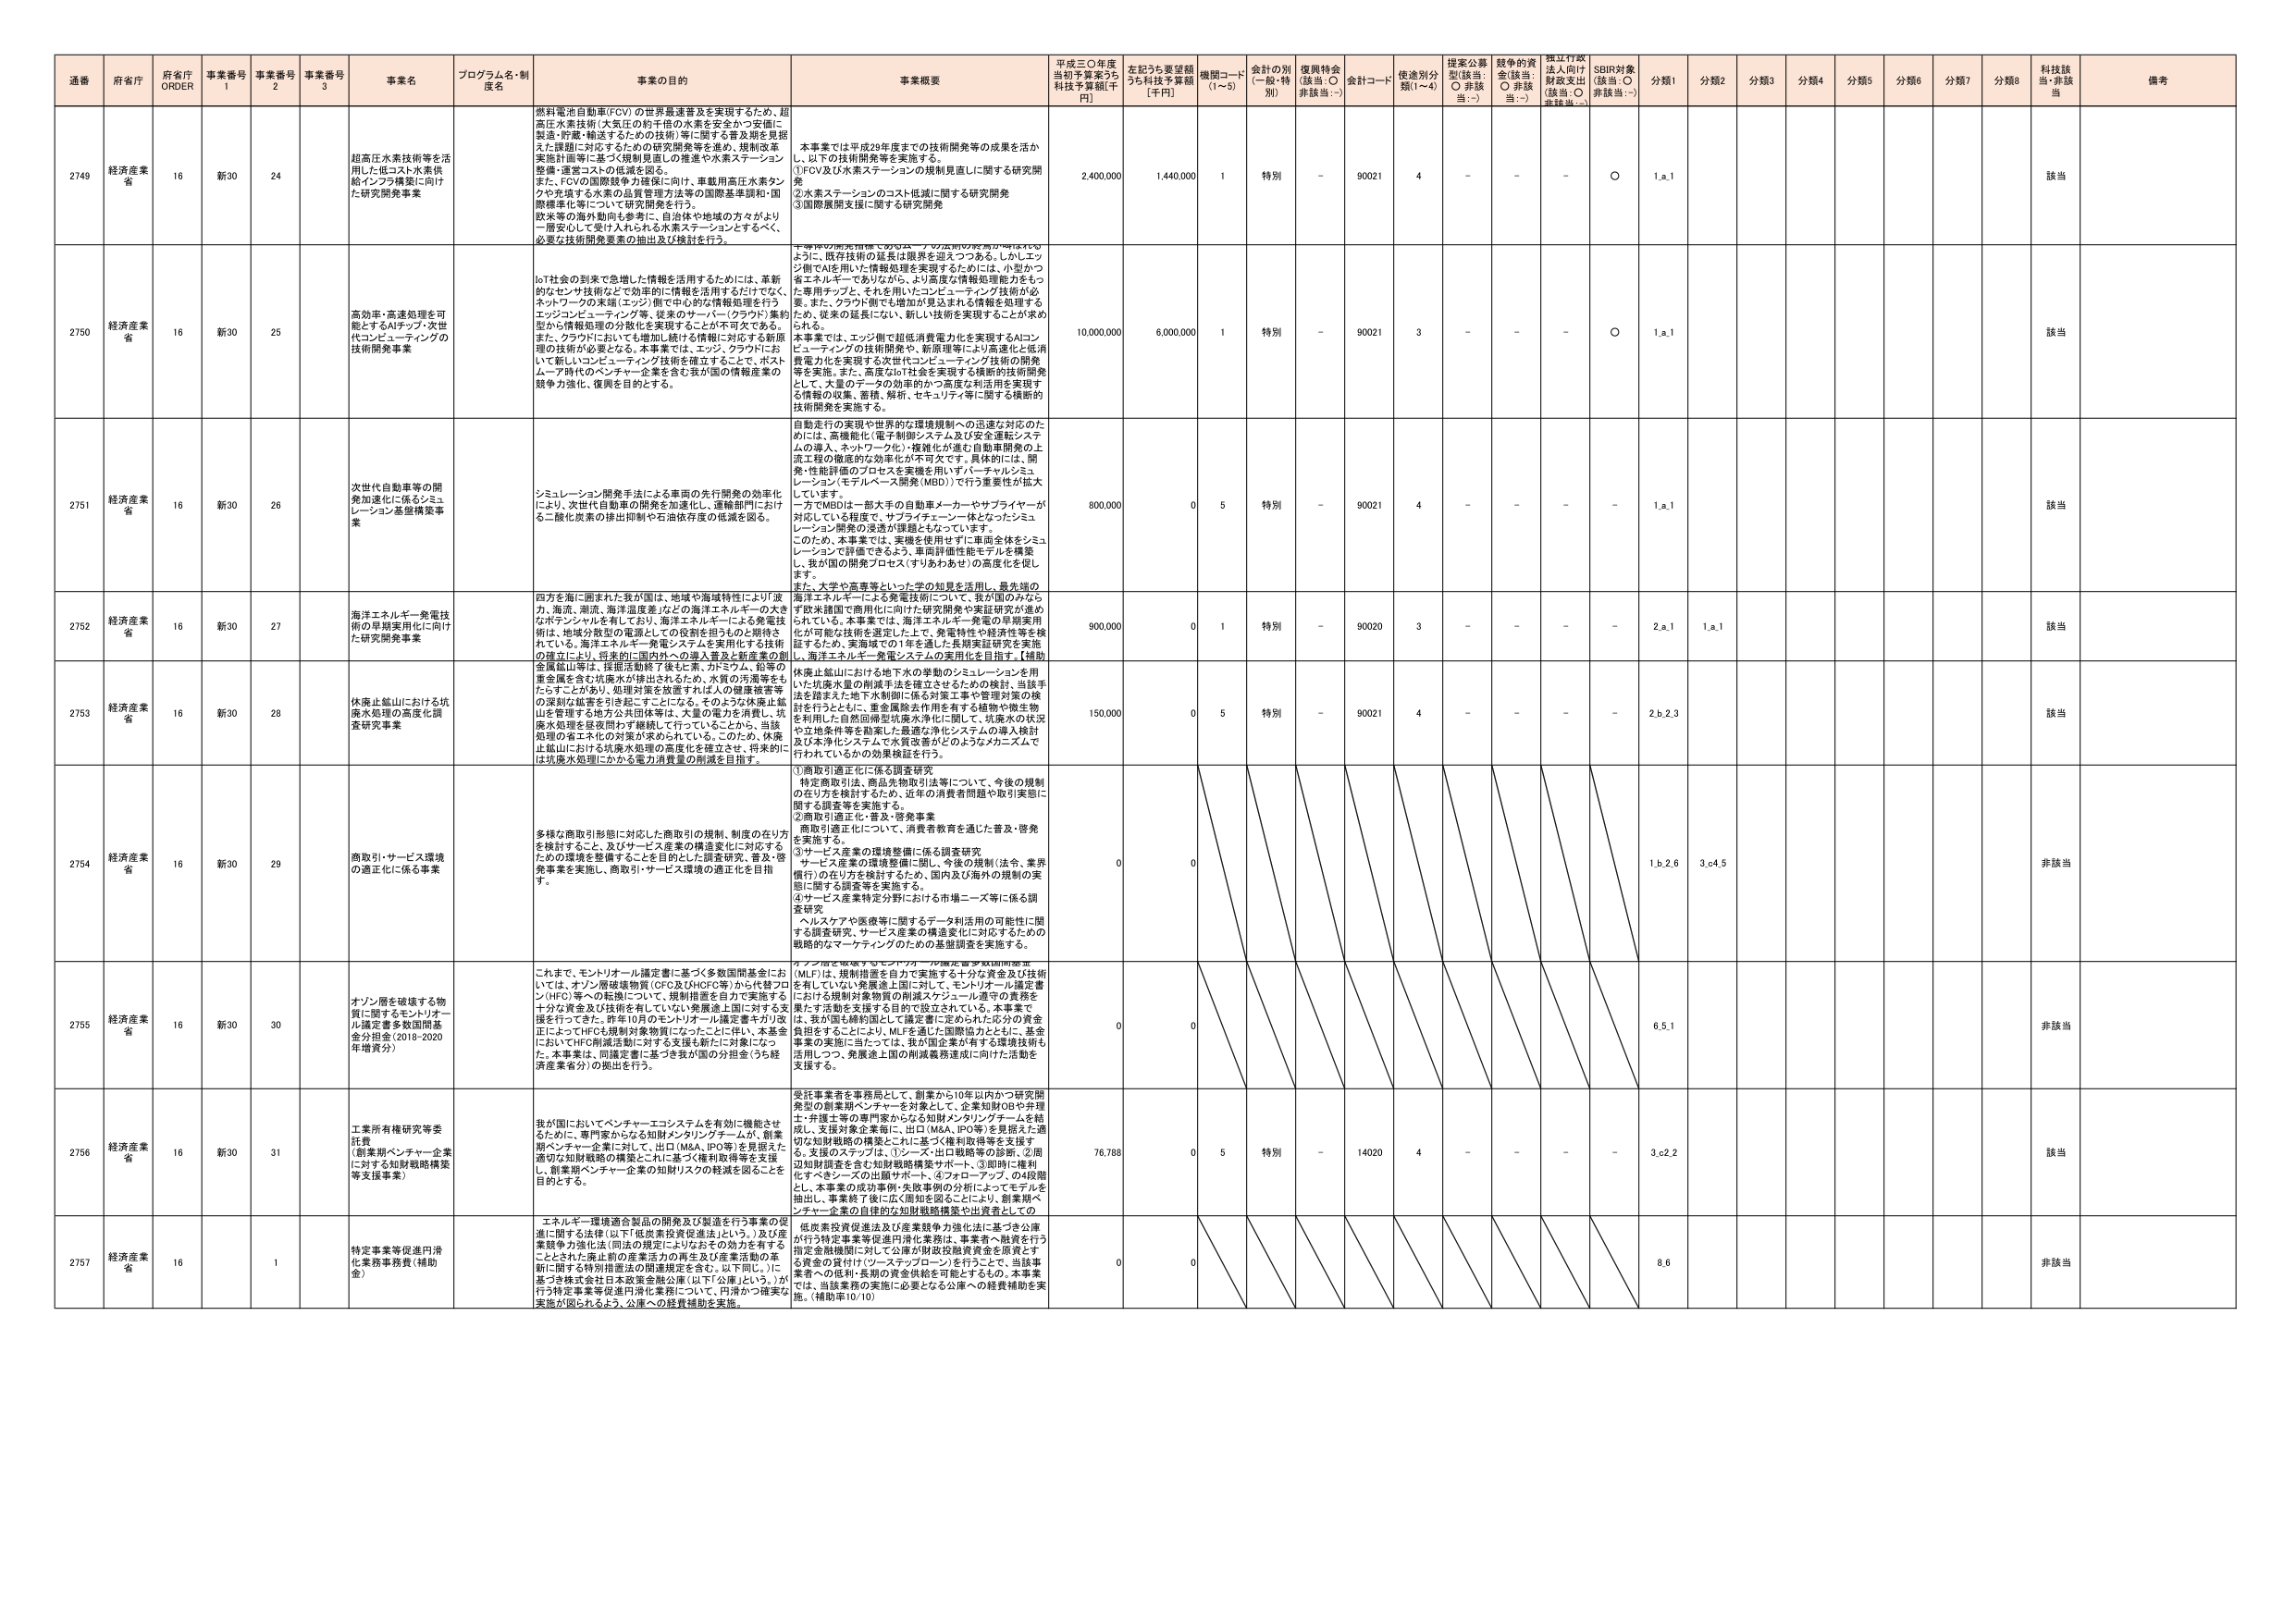
通番 府省庁 府省庁 ORDER 事業番号 1 事業番号 2 事業番号 3 事業名 プログラム名・制度名 事業の目的 事業概要 平成三〇年度当初予算案うち科技予算額[千円] 左記うち要望額うち科技予算額[千円] 機関コード(1-5) 会計の別(一般・特別) 復興特会(該当:○ 非該当:－) 会計コード 使途別分類(1-4) 提案公募型(該当:○ 非該当:－) 競争的資金(該当:○ 非該当:－) 指定行政法人向け財政支出(該当:○ 非該当:－) SDBR対象(該当:○ 非該当:－) 分類1 分類2 分類3 分類4 分類5 分類6 分類7 分類8 科技該当・非該当 備考

2749 経済産業省 16 新30 24 超高圧水素技術等を活用した低コスト水素供給インフラ構築に向けた研究開発事業 燃料電池自動車(FCV)の世界最速普及を実現するため、超高圧水素技術(大気圧の約千倍の水素を安全かつ安価に製造・貯蔵・輸送するための技術)等に関する普及期を見据えた課題に対応するための研究開発等を進め、規制改革実施計画等に基づく規制見直しの推進や水素ステーション整備・運営コストの低減を図る。また、FCVの国際競争力確保に向け、単純用高圧水素タンクや充填する水素の品質管理方法等の国際基準調和・国際標準化等について研究開発を行う。欧米等の海外動向も参考に、自治体や地域の方々がより一層安心して受け入れられる水素ステーションとするべく、必要な技術開発要素の抽出及び検討を行う。 本事業では平成29年度までの技術開発等の成果を活かし、以下の技術開発等を実施する。①FCV及び水素ステーションの規制見直しに関する研究開発②水素ステーションのコスト低減に関する研究開発③国際展開支援に関する研究開発 2,400,000 1,440,000 1 特別 - 90021 4 - - - ○ 1,a,1 該当

2750 経済産業省 16 新30 25 高効率・高速処理を可能とするAIチップ・次世代コンピューティングの技術開発事業 IoT社会の到来で急増した情報を活用するためには、革新的なセンサ技術などで効率的に情報を活用するだけでなく、ネットワークの末端(エッジ)側で中心的な情報処理を行うエッジコンピューティング等、従来のサーバー(クラウド)集約型から情報処理の分散化を実現することが不可欠である。また、クラウドにおいても増加し続ける情報に対応する新規理の技術が必要となる。本事業では、エッジ、クラウドにおいて新しいコンピューティング技術を確立することで、ポストムーア時代のベンチャー企業を含む我が国の情報産業の競争力強化、復興を目的とする。 より一層の技術開発のためには、ノウハウの共有が不可欠。よって、既存技術の延長は限界を迎えるつつある。しかしエッジ側でAIを用いた情報処理を実現するためには、小型かつ省エネルギーでありながら、より高度な情報処理能力をもつ専用チップと、それを用いたコンピューティング技術が必要。また、クラウド側でも増加が見込まれる情報を処理するため、従来の延長にない、新しい技術を実現することが求められる。本事業では、エッジ側で超低消費電力化を実現するAIコンピューティングの技術開発や、新原理等により高速化と低消費電力化を実現する次世代コンピューティング技術の開発等を実施。また、高度なIoT社会を実現する横断的技術開発として、大量のデータの効率的かつ高度な利活用を実現する情報の収集、蓄積、解析、セキュリティ等に関する横断的技術開発を実施する。 10,000,000 6,000,000 1 特別 - 90021 3 - - - ○ 1,a,1 該当

2751 経済産業省 16 新30 26 次世代自動車等の開発加速化に係るシミュレーション基盤整備事業 シミュレーション開発手法による車両の先行開発の効率化により、次世代自動車の開発を加速化し、運輸部門における二酸化炭素の排出抑制や石油依存度の低減を図る。 自動走行の実現や世界的な環境規制への迅速な対応のためには、高機能化(電子制御システム及び安全運転システムの導入、ネットワーク化)・複雑化が進む自動車開発の上流工程の徹底的な効率化が不可欠です。具体的には、開発・性能評価のプロセスを実機を用いず(バーチャルシミュレーション(モデルベース開発(MBD)))で行う重要性が拡大しています。一方でMBDは一部大手の自動車メーカーやサプライヤーが対応している程度で、サプライチェーン一体となったシミュレーション開発の浸透が課題となっています。このため、本事業では、実機を使用せずに車両全体をシミュレーションで評価できるよう、車両評価性能モデルを構築し、我が国の開発プロセス(すりあわせ)の高度化を促します。また、大学や高専等といった学の知見を活用し、最先端の 800,000 0 5 特別 - 90021 4 - - - - 1,a,1 該当

2752 経済産業省 16 新30 27 海洋エネルギー発電技術の早期実用化に向けた研究開発事業 四方を海に囲まれた我が国は、地域や海域特性により「波力、海流、潮流、海洋温度差」などの海洋エネルギーの大きなポテンシャルを有しており、海洋エネルギーによる発電技術は、地域分散型の電源としての役割を担うものと期待されている。海洋エネルギー発電システムを実用化する技術の確立により、将来的に国内外への導入普及と新産業の創出を図る。 海洋エネルギーによる発電技術について、我が国のみならず欧米諸国で商用化に向けた研究開発や実証研究が進められている。本事業では、海洋エネルギー発電の早期実用化が可能な技術を選定した上で、実害性や経済性等を検証するため、実海域での1年を過ぎた長期実証研究を実施し、海洋エネルギー発電システムの実用化を目指す。【補助 900,000 0 1 特別 - 90020 3 - - - - 2,a,1 1,a,1 該当

2753 経済産業省 16 新30 28 休廃止鉱山における坑廃水処理の高度化調査研究事業 金属鉱山等は、採掘活動終了後も鉱業、カドミウム、鉛等の重金属を含む坑廃水が排出されるため、水質の汚濁等をもたらすことがあり、処理対策を放置すれば人の健康被害等の深刻な被害を引き起こすことになる。そのような休廃止鉱山を管理する地方公共団体等は、大量の電力を消費し、坑廃水処理を昼夜両方で継続して行っていることから、当該処理の省エネルギー化の対策が求められている。このため、休廃止鉱山における坑廃水処理の高度化を確立させ、将来的に坑廃水処理にかかる電力消費量の削減を目指す。 休廃止鉱山における地下水の挙動のシミュレーションを用いた坑廃水量の削減手法を確立させるための検討、当該手法を踏まえた地下水制御に係る対策工事や管理対策の検討を行うとともに、重金属除去作用を有する植物や微生物を利用した自然回帰型坑廃水浄化に関して、坑廃水の状況や立地条件等を勘案した最適な浄化システムの導入検討及び本浄化システムで水質改善がどのようなメカニズムで行われているかの効果検証を行う。 150,000 0 5 特別 - 90021 4 - - - - 2,b,2,3 該当

2754 経済産業省 16 新30 29 商取引・サービス環境の適正化に係る事業 多様な商取引形態に対応した商取引の規制、制度の在り方を検討すること、及びサービス産業の構造変化に対応するための環境を整備することを目的とした調査研究、普及・啓発事業を実施し、商取引・サービス環境の適正化を目指す。 ①商取引適正化に係る調査研究特定商取引法、商品先物取引法等について、今後の規制の在り方を検討するため、近年の消費者問題や取引実態に関する調査等を実施する。②商取引適正化・普及・啓発事業商取引適正化について、消費者教育を通じた普及・啓発を実施する。③サービス産業の環境整備に係る調査研究サービス産業の環境整備に関し、今後の規制(法令、業界慣行)の在り方を検討するため、国内及び海外の規制の実態に関する調査等を実施する。④サービス産業特定分野における市場ニーズ等に係る調査研究ヘルスケアや医療等に関するデータ利活用の可能性に関する調査研究、サービス産業の構造変化に対応するための戦略的なマーケティングのための基礎調査を実施する。 0 0 1,b,2,6 3,c,4,5 非該当

2755 経済産業省 16 新30 30 オゾン層を破壊する物質に関するモニターオール議定書多数国間基金分担金(2018-2020年増資分) これまで、モントリオール議定書に基づく多数国間基金においては、オゾン層破壊物質(CFC及びHCFC等)から代替フロン(HFC)等への転換について、規制措置を自力で実施する十分な資金及び技術を有していない発展途上国に対する支援を行ってきた。昨年10月のモントリオール議定書キリ改正によってHFCも規制対象物質になったことに伴い、本基金においてHFC削減活動に対する支援も新たに対象になった。本事業は、同議定書に基づき我が国の分担金(うち経済産業省分)の拠出を行う。 マイアブを破壊するモンテリアル・フロン議定書多数国間基金(MLF)は、規制措置を自力で実施する十分な資金及び技術を有していない発展途上国に対して、モントリオール議定書における規制対象物質の削減スケジュール遵守の義務を果たす活動を支援する目的で設立されている。本事業では、我が国も締約国として議定書に定められた応分の資金負担をすることにより、MLFを通じた国際協力とともに、基金事業の実施に当たっては、我が国企業が有する環境技術も活用しつつ、発展途上国の削減義務達成に向けた活動を支援する。 0 0 6,5,1 非該当

2756 経済産業省 16 新30 31 工業所有権研究等委託費(創業期ベンチャー企業に対する知財戦略構築等支援事業) 我が国においてベンチャー・エコシステムを有効に機能させるために、専門家からなる知財メンタリングチームが、創業期ベンチャー企業に対して、出口(M&A、IPO等)を見据えた適切な知財戦略の構築とこれに基づく権利取得等を支援し、創業期ベンチャー企業の知財リスクの軽減を図ることを目的とする。 受託事業者を事務局として、創業から10年以内かつ研究開発型の創業期ベンチャーを対象として、企業知財OBや弁理士・弁護士等の専門家からなる知財メンタリングチームを結成し、支援対象企業毎に、出口(M&A、IPO等)を見据えた適切な知財戦略の構築とこれに基づく権利取得等を支援する。支援のステップは、①シーズ・出口戦略等の診断、②周辺知財情報を含む知財戦略構築サポート、③知財の権利化すべきシーズの出願サポート、④フォローアップ、の4段階とし、本事業の成功事例・失敗事例の分析によってモデルを抽出し、事業終了後に広く周知を図ることにより、創業期ベンチャー企業の自律的な知財戦略構築や出願者としての 76,788 0 5 特別 - 14020 4 - - - - 3,c,2,2 該当

2757 経済産業省 16 新30 1 特定事業等促進円滑化業務事務費(補助金) エネルギー環境適合製品の開発及び製造を行う事業の促進に関する法律(以下「低炭素投資促進法」という。)及び産業競争力強化法(同法の規定によりなおその効力を有することとされた廃止前の産業活力の再生及び産業活動の革新に関する特別措置法の関連規定を含む。以下同じ。)に基づき株式会社日本政策金融公庫(以下「公庫」という。)が行う特定事業等促進円滑化業務について、円滑かつ確実な実施が図られるよう、公庫への経費補助を実施。 低炭素投資促進法及び産業競争力強化法に基づき公庫が行う特定事業等促進円滑化業務は、事業者へ融資を行う指定金融機関に対して公庫が財政投融資資金を原資とする資金の貸付け(ソーステップローン)を行うことで、当該事業者への低利・長期の資金供給を可能とするもの。本事業では、当該業務の実施に必要となる公庫への経費補助を実施。(補助率10/10) 0 0 8,6 非該当